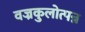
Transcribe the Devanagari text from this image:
वज्रकुलोत्पन्न